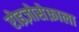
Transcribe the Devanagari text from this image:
रोइज़ोसेफ़ाला